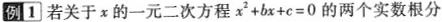
例1若关于x的一元二次方程x2+bx+c=0的两个实数根分